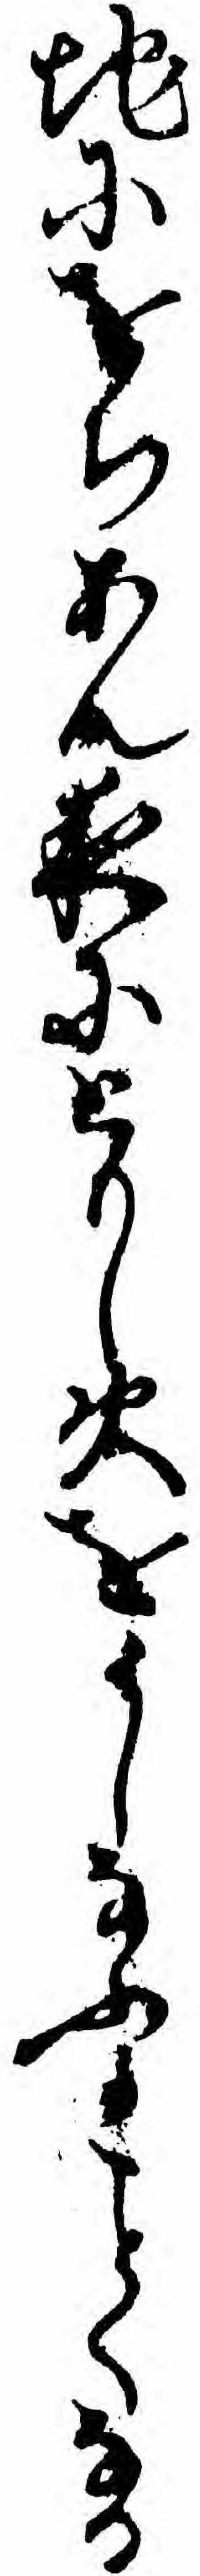
地にをちあん夜にともし火をうしなふかくなる